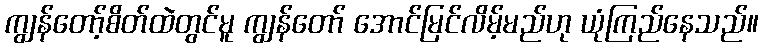
ကျွန်တော့်စိတ်ထဲတွင်မူ ကျွန်တော် အောင်မြင်လိမ့်မည်ဟု ယုံကြည်နေသည်။